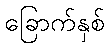
ခြောက်နှစ်